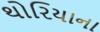
થોરિયાના